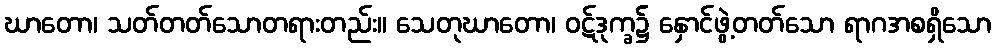
ဃာတော၊ သတ်တတ်သောတရားတည်း။ သေတုဃာတော၊ ဝဋ်ဒုက္ခ၌ နှောင်ဖွဲ့တတ်သော ရာဂအစရှိသော